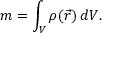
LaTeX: m = \int _ { V } \rho ( { \vec { r } } ) \, d V .